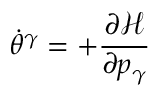
\dot { \theta } ^ { \gamma } = + \frac { \partial \mathcal { H } } { \partial p _ { \gamma } }